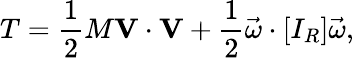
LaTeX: T={\frac{1}{2}}M\mathbf{V}\cdot\mathbf{V}+{\frac{1}{2}}{\vec{\omega}}\cdot[I_{R}]{\vec{\omega}},